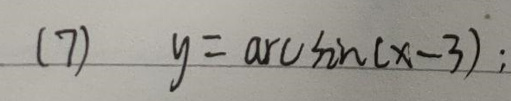
(7) \(y = \arcsin(x - 3)\);